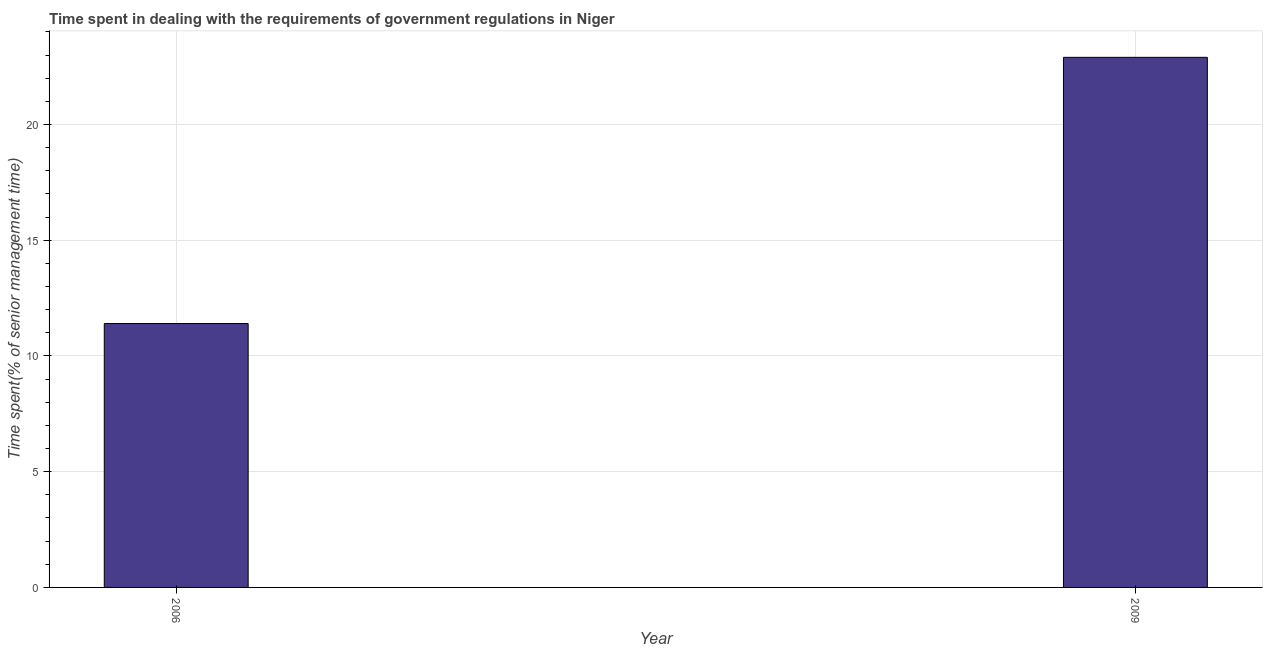
| Year | Government regulations |
 | --- | --- |
 | 2006 | 11.4 |
 | 2009 | 22.9 |